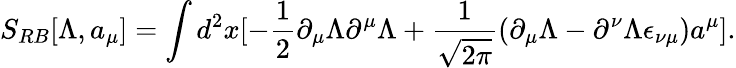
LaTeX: S_{RB}[\Lambda,a_{\mu}]=\int d^{2}x[-\frac{1}{2}\partial_{\mu}\Lambda\partial^{\mu}\Lambda+\frac{1}{\sqrt{2\pi}}(\partial_{\mu}\Lambda-\partial^{\nu}\Lambda\epsilon_{\nu\mu})a^{\mu}].